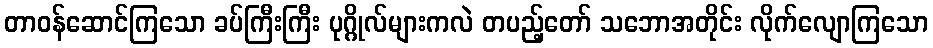
တာဝန်ဆောင်ကြသော ခပ်ကြီးကြီး ပုဂ္ဂိုလ်များကလဲ တပည့်တော် သဘောအတိုင်း လိုက်လျောကြသော